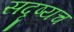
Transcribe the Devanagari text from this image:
सदृष्यच